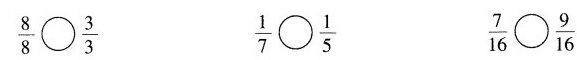
$$\frac{8}{8}$$ \bigcirc $$\frac{3}{3}$$ $$\frac{1}{7}$$\bigcirc $$\frac{1}{5}$$ $$\frac{7}{16}$$\bigcirc $$\frac{9}{16}$$